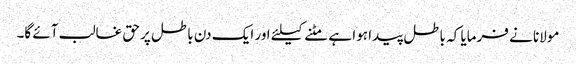
مولانا نے فرمایا کہ باطل پیدا ہوا ہے مٹنے کیلئے اور ایک دن باطل پر حق غالب آئے گا۔